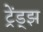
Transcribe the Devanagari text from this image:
ट्रेंड्‌झ